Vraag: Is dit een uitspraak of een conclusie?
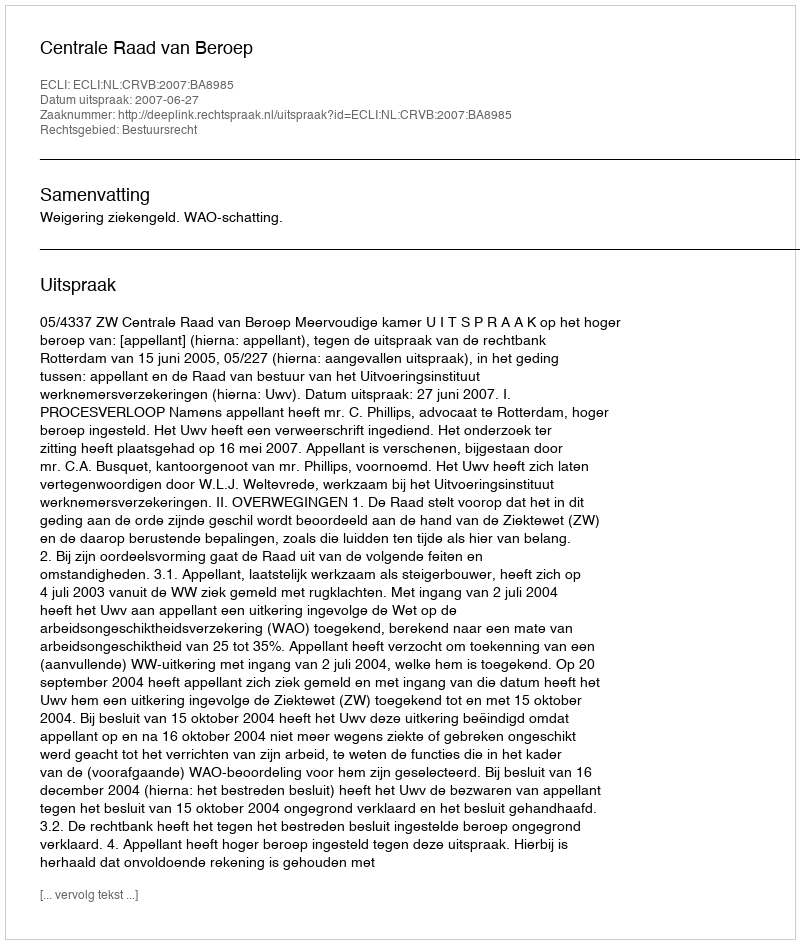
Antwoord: Uitspraak